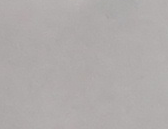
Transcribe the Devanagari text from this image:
साधन